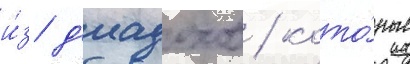
и́з д'иадохов / кото́рые